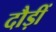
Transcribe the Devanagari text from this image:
दौड़ीं